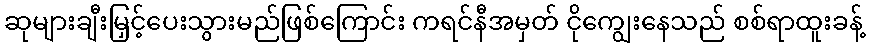
ဆုများချီးမြှင့်ပေးသွားမည်ဖြစ်ကြောင်း ကရင်နီအမှတ် ငိုကျွေးနေသည် စစ်ရာထူးခန့်